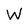
Character: W